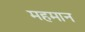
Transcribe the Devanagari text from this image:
महमान